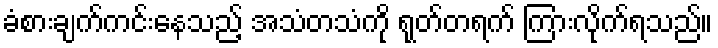
ခံစားချက်ကင်းနေသည့် အသံတသံကို ရုတ်တရက် ကြားလိုက်ရသည်။